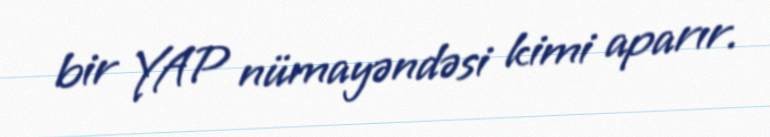
bir YAP nümayəndəsi kimi aparır.